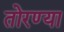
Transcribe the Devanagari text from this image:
तोरण्या